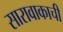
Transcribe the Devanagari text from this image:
सारावाकाची